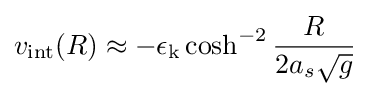
v_{\text{int}}(R)\approx -\epsilon _{\text{k}}\cosh ^{-2}{\frac {R}{2a_{s}{\sqrt {g}}}}